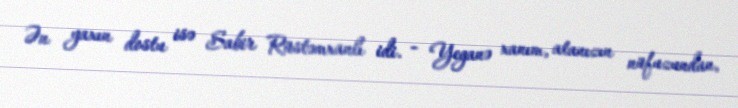
Ən yaxın dostu isə Sabir Rüstəmxanlı idi. - Yeganə xanım, atanızın nüfuzundan,